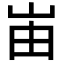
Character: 峀